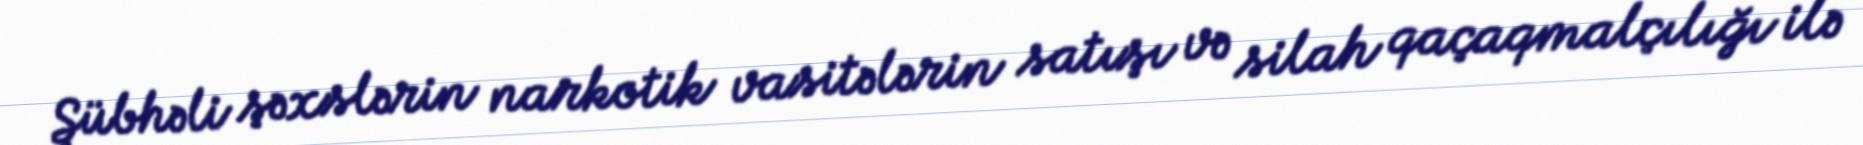
Şübhəli şəxslərin narkotik vasitələrin satışı və silah qaçaqmalçılığı ilə